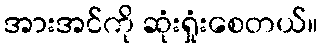
အားအင်ကို ဆုံးရှုံးစေတယ်။